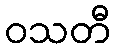
ဝသတီ